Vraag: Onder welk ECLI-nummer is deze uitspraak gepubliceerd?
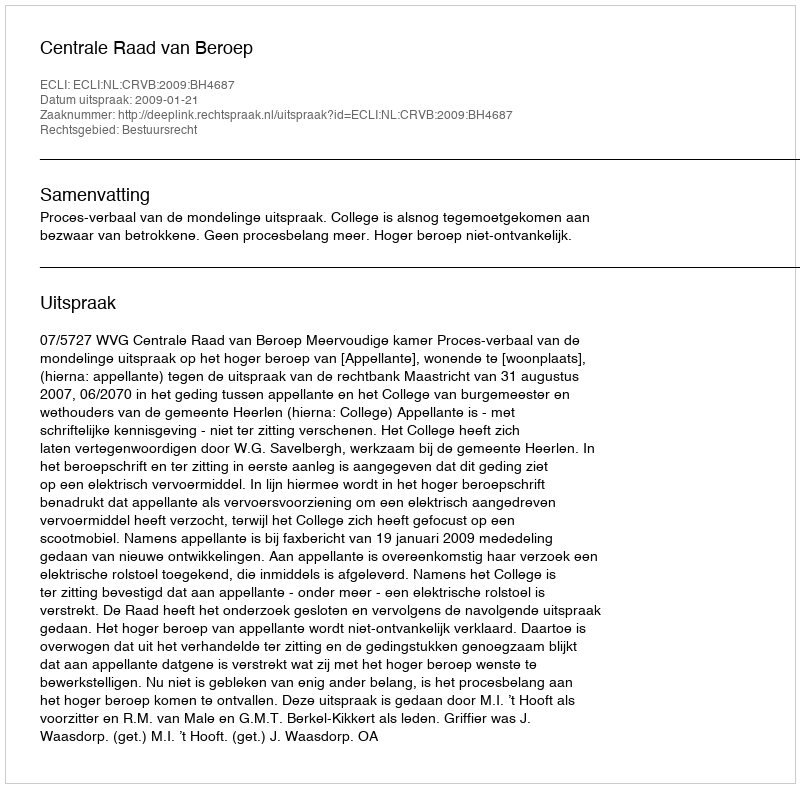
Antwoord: ECLI:NL:CRVB:2009:BH4687